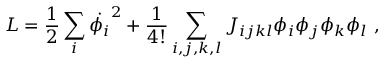
L = \frac { 1 } { 2 } \sum _ { i } \dot { \phi _ { i } } ^ { 2 } + \frac { 1 } { 4 ! } \sum _ { i , j , k , l } J _ { i j k l } \phi _ { i } \phi _ { j } \phi _ { k } \phi _ { l } ~ ,